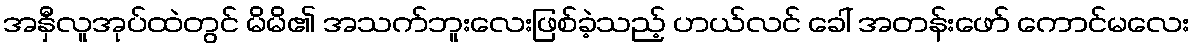
အနှီလူအုပ်ထဲတွင် မိမိ၏ အသက်ဘူးလေးဖြစ်ခဲ့သည့် ဟယ်လင် ခေါ် အတန်းဖော် ကောင်မလေး